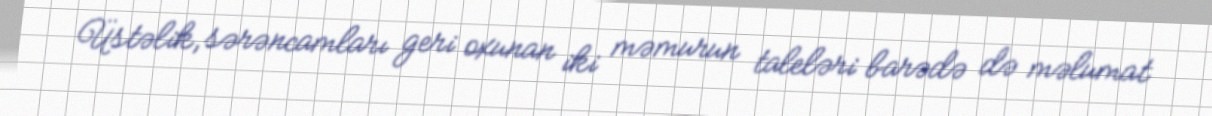
Üstəlik, sərəncamları geri oxunan iki məmurun taleləri barədə də məlumat